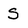
Character: S